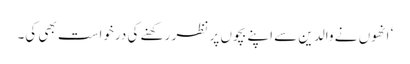
‘ انھوں نے والدین سے اپنے بچوں پر نظر رکھنے کی درخواست بھی کی۔